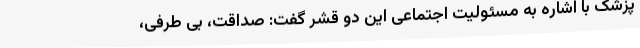
پزشک با اشاره به مسئولیت اجتماعی این دو قشر گفت: صداقت، بی طرفی،